Report on vaccination in Madras 1877-1894 - 1877-1894
Year: 1877
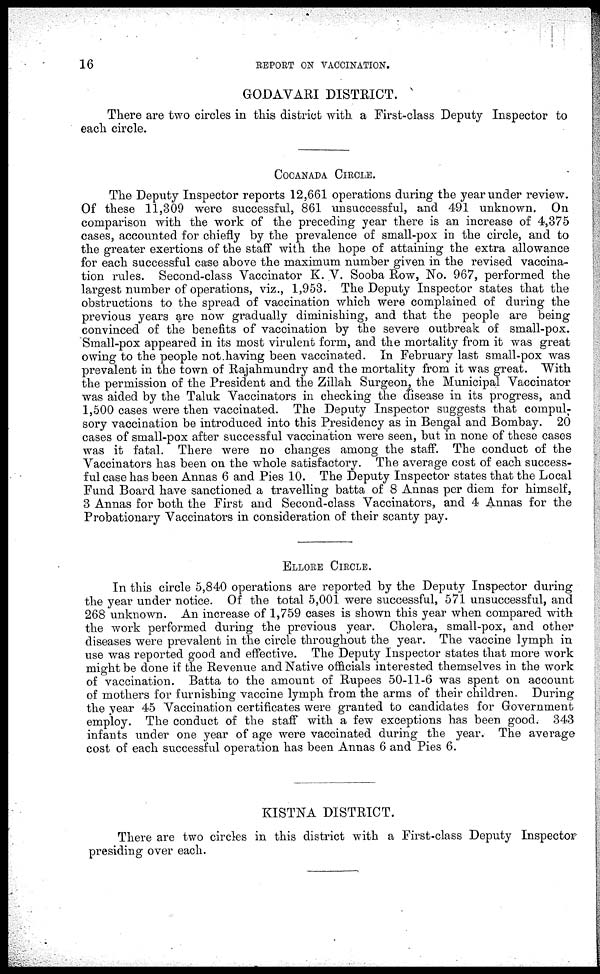
16 REPORT ON VACCINATION.
GODAVARI DISTRICT.
There are two circles in this district with a First-class Deputy Inspector to
each circle.
COCANADA CIRCLE.
The Deputy Inspector reports 12,661 operations during the year under review.
Of these 11,309 were successful, 861 unsuccessful, and 491 unknown. On
comparison with the work of the preceding year there is an increase of 4,375
cases, accounted for chiefly by the prevalence of small-pox in the circle, and to
the greater exertions of the staff with the hope of attaining the extra allowance
for each successful case above the maximum number given in the revised vaccina-
tion rules. Second-class Vaccinator K. V. Sooba Row, No. 967, performed the
largest number of operations, viz., 1,953. The Deputy Inspector states that the
obstructions to the spread of vaccination which were complained of during the
previous years are now gradually diminishing, and that the people are being
convinced of the benefits of vaccination by the severe outbreak of small-pox.
Small-pox appeared in its most virulent form, and the mortality from it was great
owing to the people not having been vaccinated. In February last small-pox was
prevalent in the town of Rajahmundry and the mortality from it was great. With
the permission of the President and the Zillah Surgeon, the Municipal Vaccinator
was aided by the Taluk Vaccinators in checking the disease in its progress, and
1,500 cases were then vaccinated. The Deputy Inspector suggests that compul-
sory vaccination be introduced into this Presidency as in Bengal and Bombay. 20
cases of small-pox after successful vaccination were seen, but in none of these cases
was it fatal. There were no changes among the staff. The conduct of the
Vaccinators has been on the whole satisfactory. The average cost of each success-
ful case has been Annas 6 and Pies 10. The Deputy Inspector states that the Local
Fund Board have sanctioned a travelling batta of 8 Annas per diem for himself,
3 Annas for both the First and Second-class Vaccinators, and 4 Annas for the
Probationary Vaccinators in consideration of their scanty pay.
ELLORE CIRCLE.
In this circle 5,840 operations are reported by the Deputy Inspector during
the year under notice. Of the total 5,001 were successful, 571 unsuccessful, and
268 unknown. An increase of 1,759 cases is shown this year when compared with
the work performed during the previous year. Cholera, small-pox, and other
diseases were prevalent in the circle throughout the year. The vaccine lymph in
use was reported good and effective. The Deputy Inspector states that more work
might be done if the Revenue and Native officials interested themselves in the work
of vaccination. Batta to the amount of Rupees 50-11-6 was spent on account
of mothers for furnishing vaccine lymph from the arms of their children. During
the year 45 Vaccination certificates were granted to candidates for Government
employ. The conduct of the staff with a few exceptions has been good. 343
infants under one year of age were vaccinated during the year. The average
cost of each successful operation has been Annas 6 and Pies 6.
KISTNA DISTRICT.
There are two circles in this district with a First-class Deputy Inspector
presiding over each.